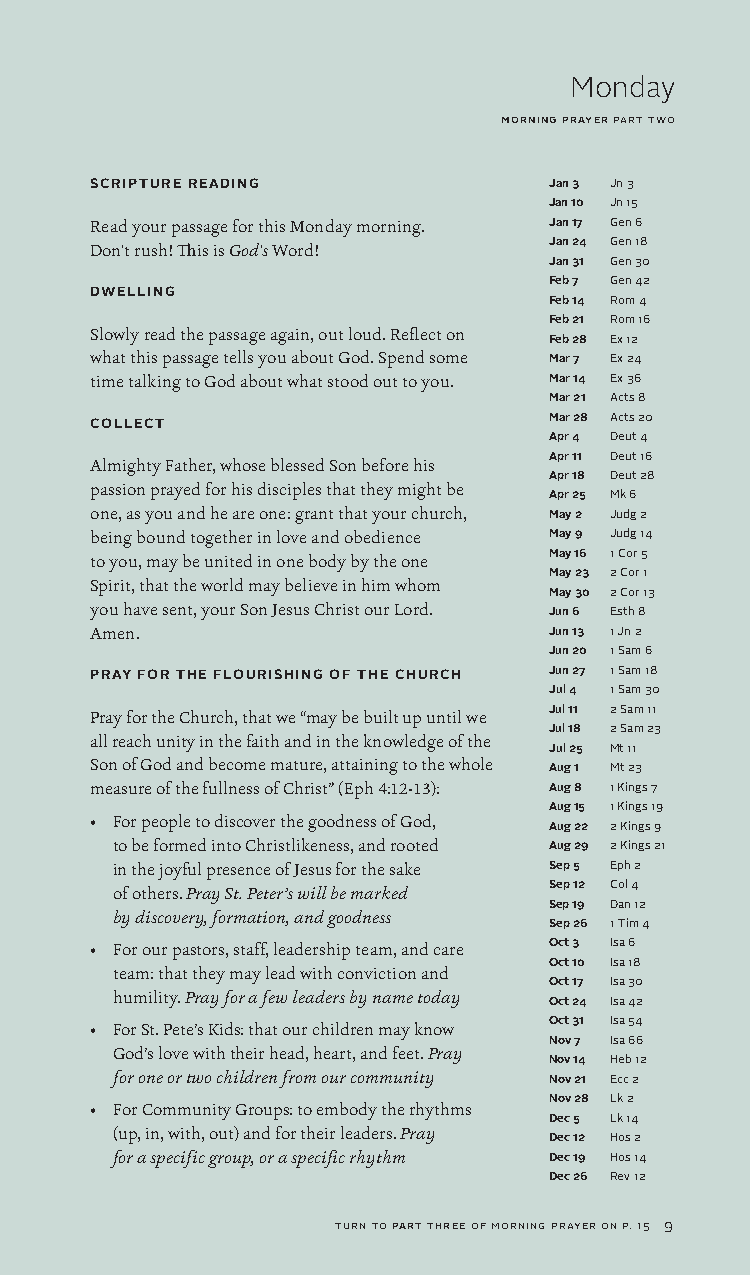
Monday
 morning prayer part two
 SCRIPTURE READING             Jan 3 Jn 3
 Jan 10 Jn 15
 Read your passage for this Monday morning. Jan 17 Gen 6
 Don't rush! This is God's Word! Jan 24 Gen 18
 Jan 31 Gen 30
 Feb 7 Gen 42
 DWELLING
 Feb 14 Rom 4
 Feb 21 Rom 16
 Slowly read the passage again, out loud. Reflect on
 Feb 28 Ex 12
 what this passage tells you about God. Spend some Mar 7 Ex 24
 time talking to God about what stood out to you. Mar 14 Ex 36
 Mar 21 Acts 8
 COLLECT                       Mar 28 Acts 20
 Apr 4 Deut 4
 Apr 11 Deut 16
 Almighty Father, whose blessed Son before his
 Apr 18 Deut 28
 passion prayed for his disciples that they might be
 Apr 25 Mk 6
 one, as you and he are one: grant that your church, May 2 Judg 2
 being bound together in love and obedience May 9 Judg 14
 to you, may be united in one body by the one May 16 1 Cor 5
 May 23 2 Cor 1
 Spirit, that the world may believe in him whom
 May 30 2 Cor 13
 you have sent, your Son Jesus Christ our Lord. Jun 6 Esth 8
 Amen.                         Jun 13 1 Jn 2
 Jun 20 1 Sam 6
 PRAY FOR THE FLOURISHING OF THE CHURCH Jun 27 1 Sam 18
 Jul 4 1 Sam 30
 Pray for the Church, that we “may be built up until we Jul 11 2 Sam 11
 Jul 18 2 Sam 23
 all reach unity in the faith and in the knowledge of the
 Jul 25 Mt 11
 Son of God and become mature, attaining to the whole Aug 1 Mt 23
 measure of the fullness of Christ” (Eph 4:12-13): Aug 8 1 Kings 7
 Aug 15 1 Kings 19
 • For people to discover the goodness of God,
 Aug 22 2 Kings 9
 to be formed into Christlikeness, and rooted Aug 29 2 Kings 21
 in the joyful presence of Jesus for the sake Sep 5 Eph 2
 of others. Pray St. Peter’s will be marked Sep 12 Col 4
 Sep 19 Dan 12
 by discovery, formation, and goodness
 Sep 26 1 Tim 4
 • For our pastors, staff, leadership team, and care Oct 3 Isa 6
 Oct 10 Isa 18
 team: that they may lead with conviction and
 Oct 17 Isa 30
 humility. Pray for a few leaders by name today
 Oct 24 Isa 42
 Oct 31 Isa 54
 • For St. Pete’s Kids: that our children may know
 Nov 7 Isa 66
 God’s love with their head, heart, and feet. Pray
 Nov 14 Heb 12
 for one or two children from our community Nov 21 Ecc 2
 Nov 28 Lk 2
 • For Community Groups: to embody the rhythms
 Dec 5 Lk 14
 (up, in, with, out) and for their leaders. Pray
 Dec 12 Hos 2
 for a specific group, or a specific rhythm Dec 19 Hos 14
 Dec 26 Rev 12
 turn to part three of morning prayer on p. 15 9